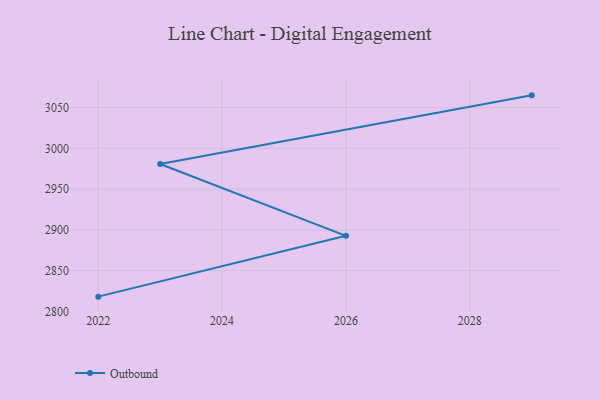
{"axis": {"x": "Year", "y": "Humidity (%)"}, "legend": ["Outbound"], "data": [{"x": "2022", "y": 2818.1, "type": "Outbound"}, {"x": "2026", "y": 2892.7, "type": "Outbound"}, {"x": "2023", "y": 2980.8, "type": "Outbound"}, {"x": "2029", "y": 3065.0, "type": "Outbound"}]}